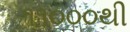
૧૧૦૦૦થી